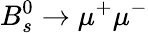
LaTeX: B_{s}^{0}\rightarrow\mu^{+}\mu^{-}